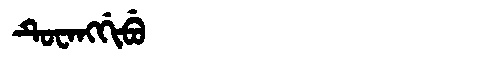
Manchu: ᡨᡠᠸᠠᠩᡤᡳᠪᡠ
Romanization: TUWANGGIBU